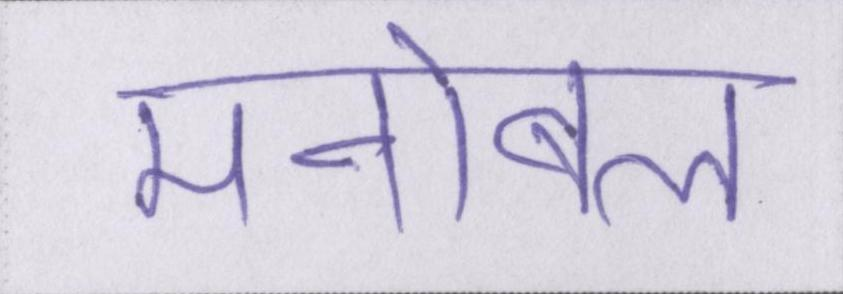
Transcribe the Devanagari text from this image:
मनोबल